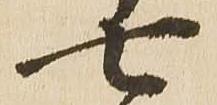
七